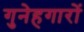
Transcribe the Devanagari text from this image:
गुनेहगारों